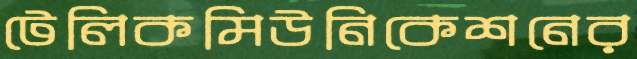
টেলিকমিউনিকেশনের